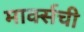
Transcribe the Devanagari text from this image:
मार्क्सची